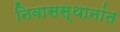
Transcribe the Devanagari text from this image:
निवासस्थानांत